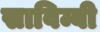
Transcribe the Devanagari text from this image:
साविम्बी